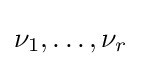
\nu _{1},\dots ,\nu _{r}